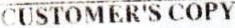
CUSTOMER'S COPY